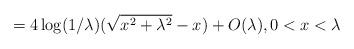
LaTeX: \begin{align*}=4\log(1/\lambda)(\sqrt{x^2+\lambda^2}-x)+O(\lambda), 0<x<\lambda\end{align*}